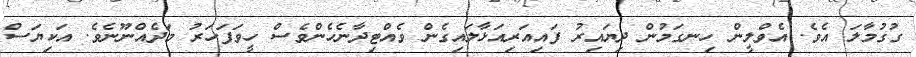
ގުގުމާލަ އެވެ. އެވްލީން ހިނގަމުން ދިޔައިރު ފައިއަރިއަޅާލައިގެން ވެއްޓިދާނެހެންވެސް ހީވަފަހަރު މަދެއްނޫނެވެ. އަކިޔަސް